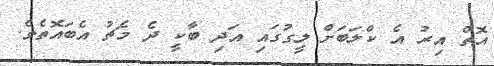
އޮތް އިރު އެ ކްލަބަށް ލީގުގައި އަދި ބާކީ ދެ މެޗު އެބައޮތެވެ.